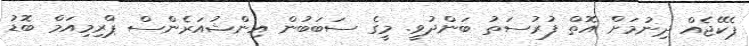
ޕެކޭޖެއް ދިނުމަށް އޮތް ފުރުސަތު ބަންދުވީ. މީގެ ސަބަބުން އިންޝުއަރެންސް ޕްރިމިއަމް ބޮޑު